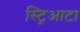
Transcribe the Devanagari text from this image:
स्ट्रिआटा